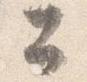
公